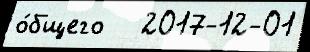
о́бщего   2017-12-01